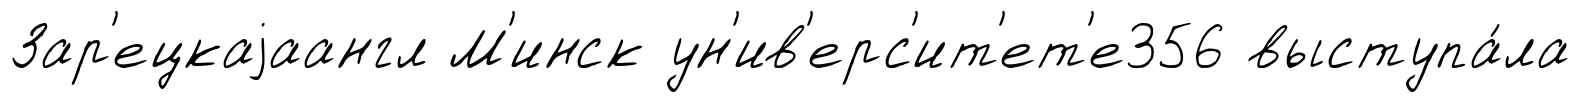
Зар'ецкаjаангл М'инск ун'ив'ерс'ит'ет'е356 выступа́ла